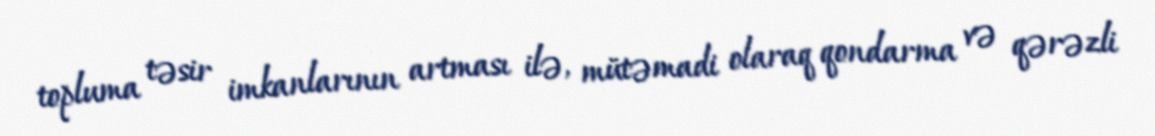
topluma təsir imkanlarının artması ilə, mütəmadi olaraq qondarma və qərəzli